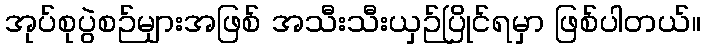
အုပ်စုပွဲစဉ်များအဖြစ် အသီးသီးယှဉ်ပြိုင်ရမှာ ဖြစ်ပါတယ်။